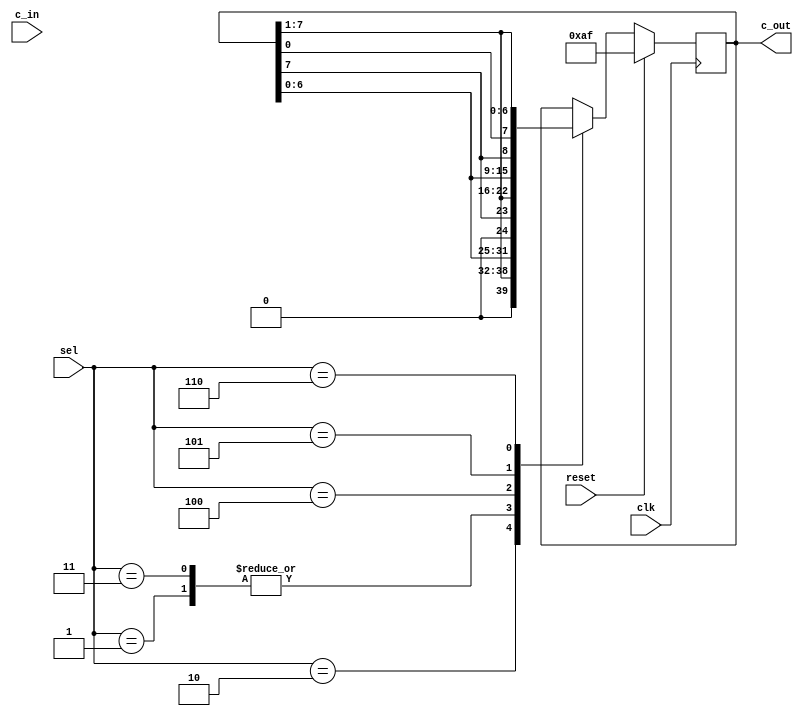
//*****************************************************************
//	8bit Shifter
//	Made by  Jae-Dong
//  Blog: rabe.egloos.com
//*****************************************************************

module shifter_8bit(reset,c_in,c_out,sel,clk);
	input clk;
	input reset; // reset 1 c_in  c_out 
	input [7:0]c_in;
	output reg [7:0] c_out;
	input [2:0]sel;	//  

	always@(posedge clk)begin
		if(reset == 1'b1)	//
			c_out = 8'b10101111;
		else begin
			case(sel)	//sel  
				3'd1: c_out = {c_out[6:0],1'b0};	//sll
				3'd2:c_out = {1'b0,c_out[7:1]};		//srl
				3'd3:c_out = {c_out[6:0],1'b0};		//sla
				3'd4:c_out = {c_out[7],c_out[7:1]};	//sra
				3'd5:c_out = {c_out[6:0],c_out[7]};	//rol
				3'd6:c_out = {c_out[0],c_out[7:1]};	//ror
				default: c_out = c_out;
			endcase
		end
	end
endmodule